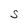
Character: S